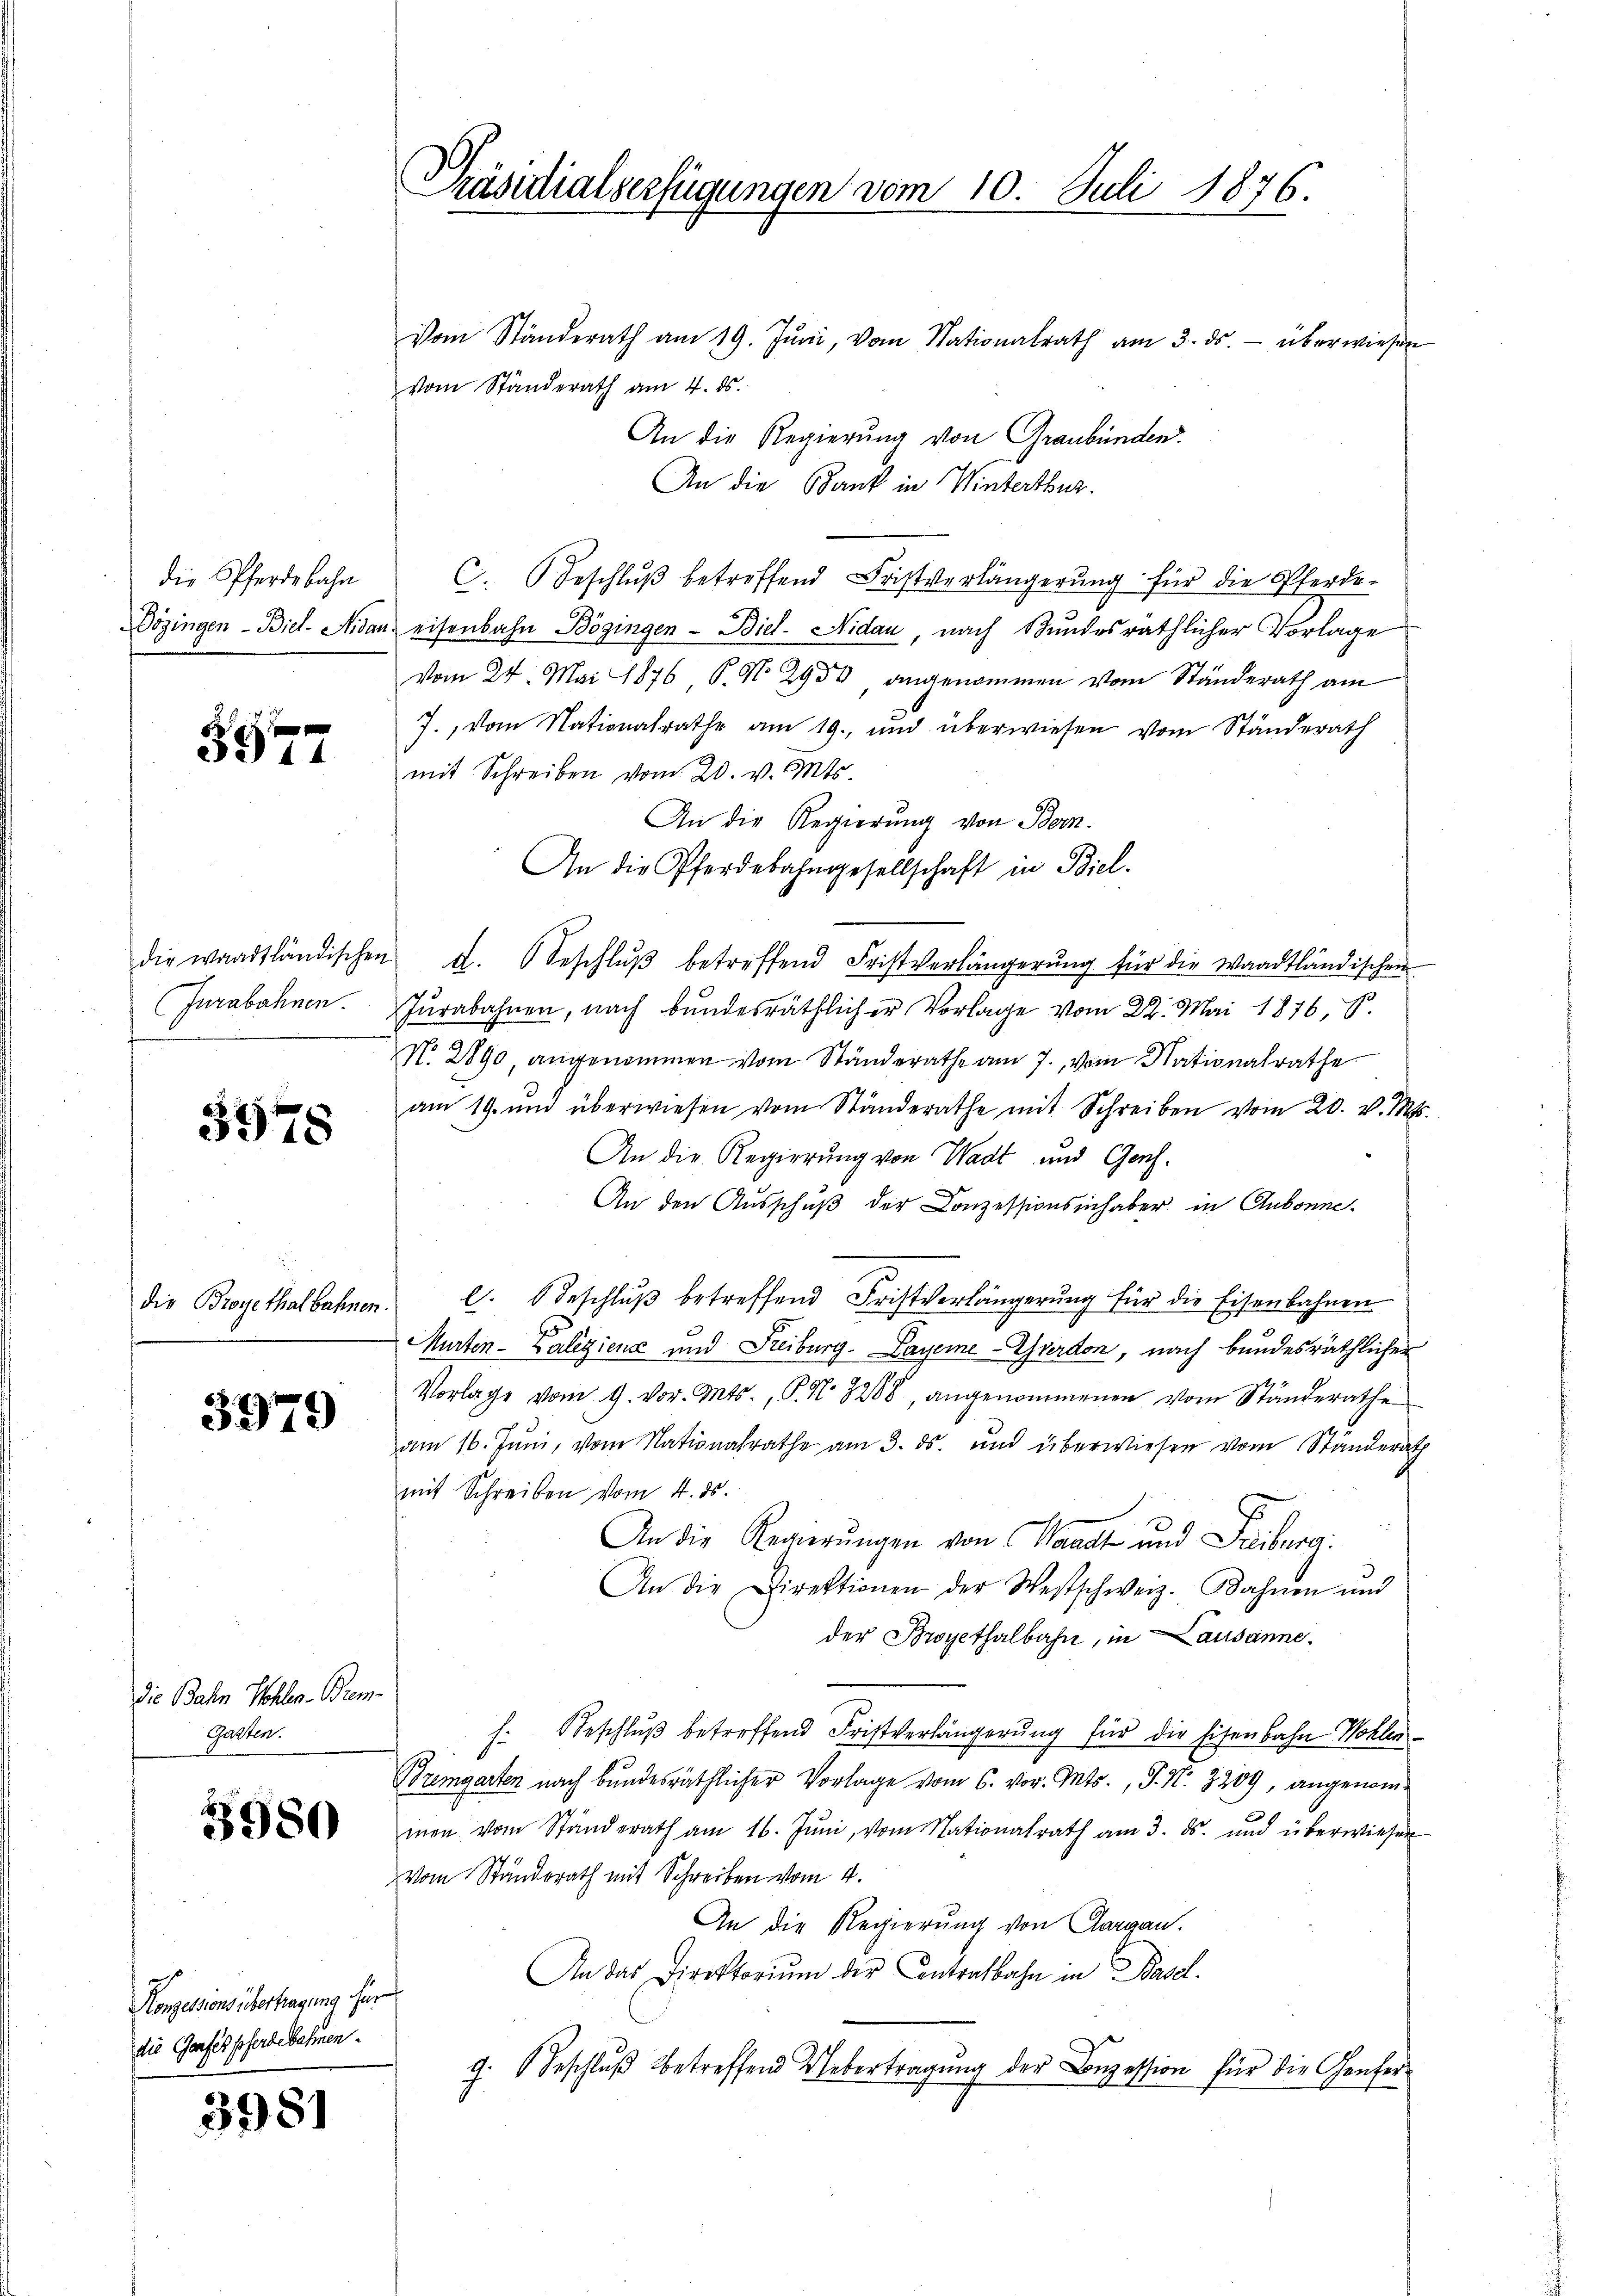
die Pferdebahn
Dögingen - Biel. Nidan

e
g
2. 44

die waadtländischen
Jurabahnen.

3978

die Brogethalbahnen

3979

die Bahn Wohlen. Brem¬
Gatten.

3980

Konzessions übertragung für
die Garfes Pferdebahnen.

3981

Präsidialverfügungen vom 10. Juli 1876.

Vom Ständerath am 19. Jŭni, vom Nationalrath am 3. ds. überwiesen
vom Standerath am 4. ds.
An die Regierung von Graubünden.
An die Bank in Winterthur.
C. Beschlŭβ betreffend Fristverlängerŭng für die Pferde-
eisenbahn Bögingen - Biel. Nidau, nach Bundesräthlicher Vorlage
vom 24. Mai 1876 P. No. 2934 angenommen vom Ständerath am
J., vom Nationalrathe am 19. und überwiesen vom Standerath
mit Schreiben vom 20. v. Mts.
An die Regierung von Bern.
An die Pferdebahngesellschaft in Biel.
A. Beschlŭβ betreffend Fristverlängerŭng für die Waadtländischen
Jurabahnen, nach bundesräthlicher Vorlage vom 22. Mai 1876, S.
N. 2890, angenommen vom Standerathe am 7. vom Nationalrathe
am 19. und überwiesen vom Ständerathe mit Schreiben vom 20. v. Mts.
An die Regierung von Wadt und Genf¬
An den Ausschuß der Conzessionsinhaber in Aubonne.
l. Beschlŭβ betreffend Fristverlängerŭng für die Eisenbahnen
Murten- Paleiziens und Freiburg. Payerne-Gardon, nach bundesräthlicher
Vorlage vom 9. vor. Mts., P. N. 3288 angenommenen vom Standerathe
am 16. Juni, vom Nationalrathe am 3. ds. und überwiesen vom Ständerat
mit Schreiben vom 4. ds.
An die Regierungen von Waadt und Freiburg:
An die Direktionen der Westschweiz. Bahnen und
der Broyethalbahn, in Lausanne.
h. Beschluß betreffend Fristverlängerung für die Eisenbahn Wohlen-
Bremgarten nach bundesräthlicher Vorlage vom 6. vor. Mts., P. Nr. 3209, angenommen vom Standerath am 16. Jŭni, vom Nationalrath am 3. ds. und überwiesen
Vom Ständerath mit Schreiben vom 4.
An die Regierung von Aargau.
An das Direktoriŭm der Contralbahn in Basel.
g. Beschlŭβ betreffend Uebertragŭng der Bezession für die Genfer-